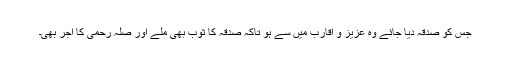
جس کو صدقہ دیا جائے وہ عزیز و اقارب میں سے ہو تاکہ صدقہ کا ثوب بھی ملے اور صلہ رحمی کا اجر بھی۔